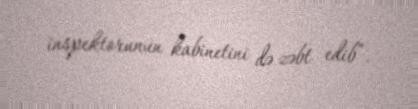
inspektorunun kabinetini də zəbt edib”.